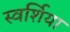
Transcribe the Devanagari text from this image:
स्वर्शिया